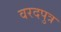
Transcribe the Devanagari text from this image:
वरदपुत्र